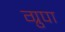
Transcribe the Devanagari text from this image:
ग्रुपा